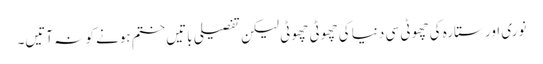
نوری اور ستارہ کی چھوٹی سی دنیا کی چھوٹی چھوٹی لیکن تفصیلی باتیں ختم ہونے کو نہ آتیں۔